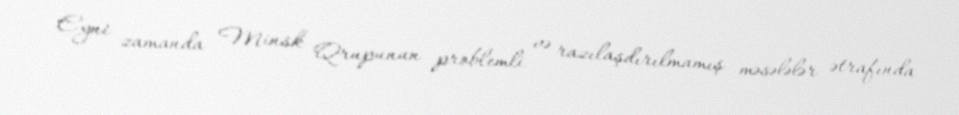
Eyni zamanda Minsk Qrupunun problemli və razılaşdırılmamış məsələlər ətrafında